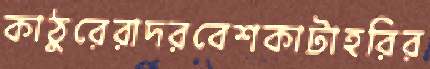
কাঠুরেরাদরবেশকাটাহরির